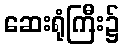
ဆေးရုံကြီး၌